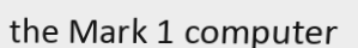
the Mark 1 computer